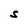
Character: S